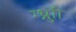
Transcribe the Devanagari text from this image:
ग्थ्रुाी